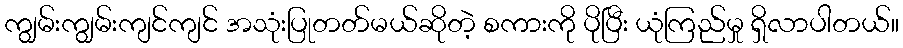
ကျွမ်းကျွမ်းကျင်ကျင် အသုံးပြုတတ်မယ်ဆိုတဲ့ စကားကို ပိုပြီး ယုံကြည်မှု ရှိလာပါတယ်။